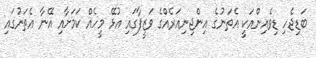
ބަޑިޖެހި ޑިވެއިންއަކީ އެތަނުގެ އިންޖިނިއަރެއްގެ ވަޒީފާގައި އުޅޭ މީހެއް ކަމަށާއި އޭނާ އެތަނުގައި